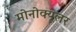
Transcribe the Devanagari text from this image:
मोनोक्यूलर